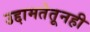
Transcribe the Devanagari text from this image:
उद्दामतेतूनही